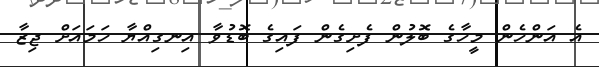
އެ އަންހެން މީހާގެ ބޮލުން ފެށިގެން ފައިގެ ބޮޑުވާ އިނގިއްޔާ ހަމައަށް ޖިޒާ